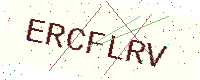
Text: ERCFLRV